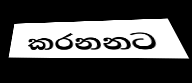
කරනනට